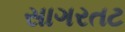
સાગરતટ